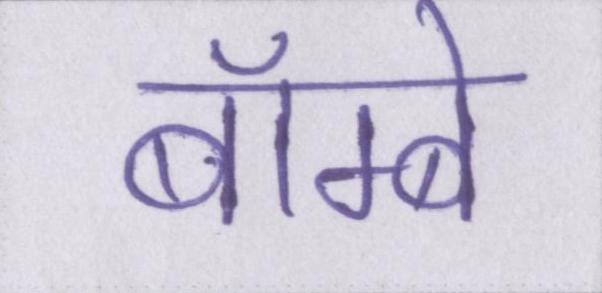
बॅाम्बे